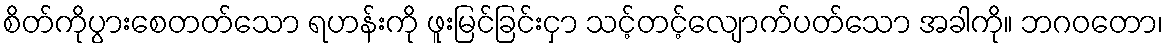
စိတ်ကိုပွားစေတတ်သော ရဟန်းကို ဖူးမြင်ခြင်းငှာ သင့်တင့်လျောက်ပတ်သော အခါကို။ ဘဂဝတော၊